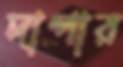
দাপার